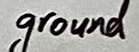
Text: ground